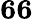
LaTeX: \mathbf{66}